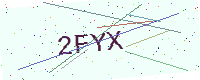
Text: 2FYX